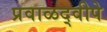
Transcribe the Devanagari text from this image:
प्रवाळद्वीपे